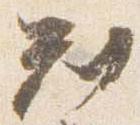
判